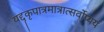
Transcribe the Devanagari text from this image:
यद्दृकृपात्रमात्रात्सर्वोप्ययं